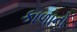
કાળાનો